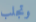
وتجلب